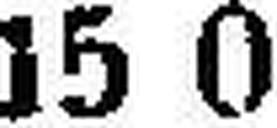
15 0